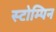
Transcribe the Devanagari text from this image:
स्टोम्पिन